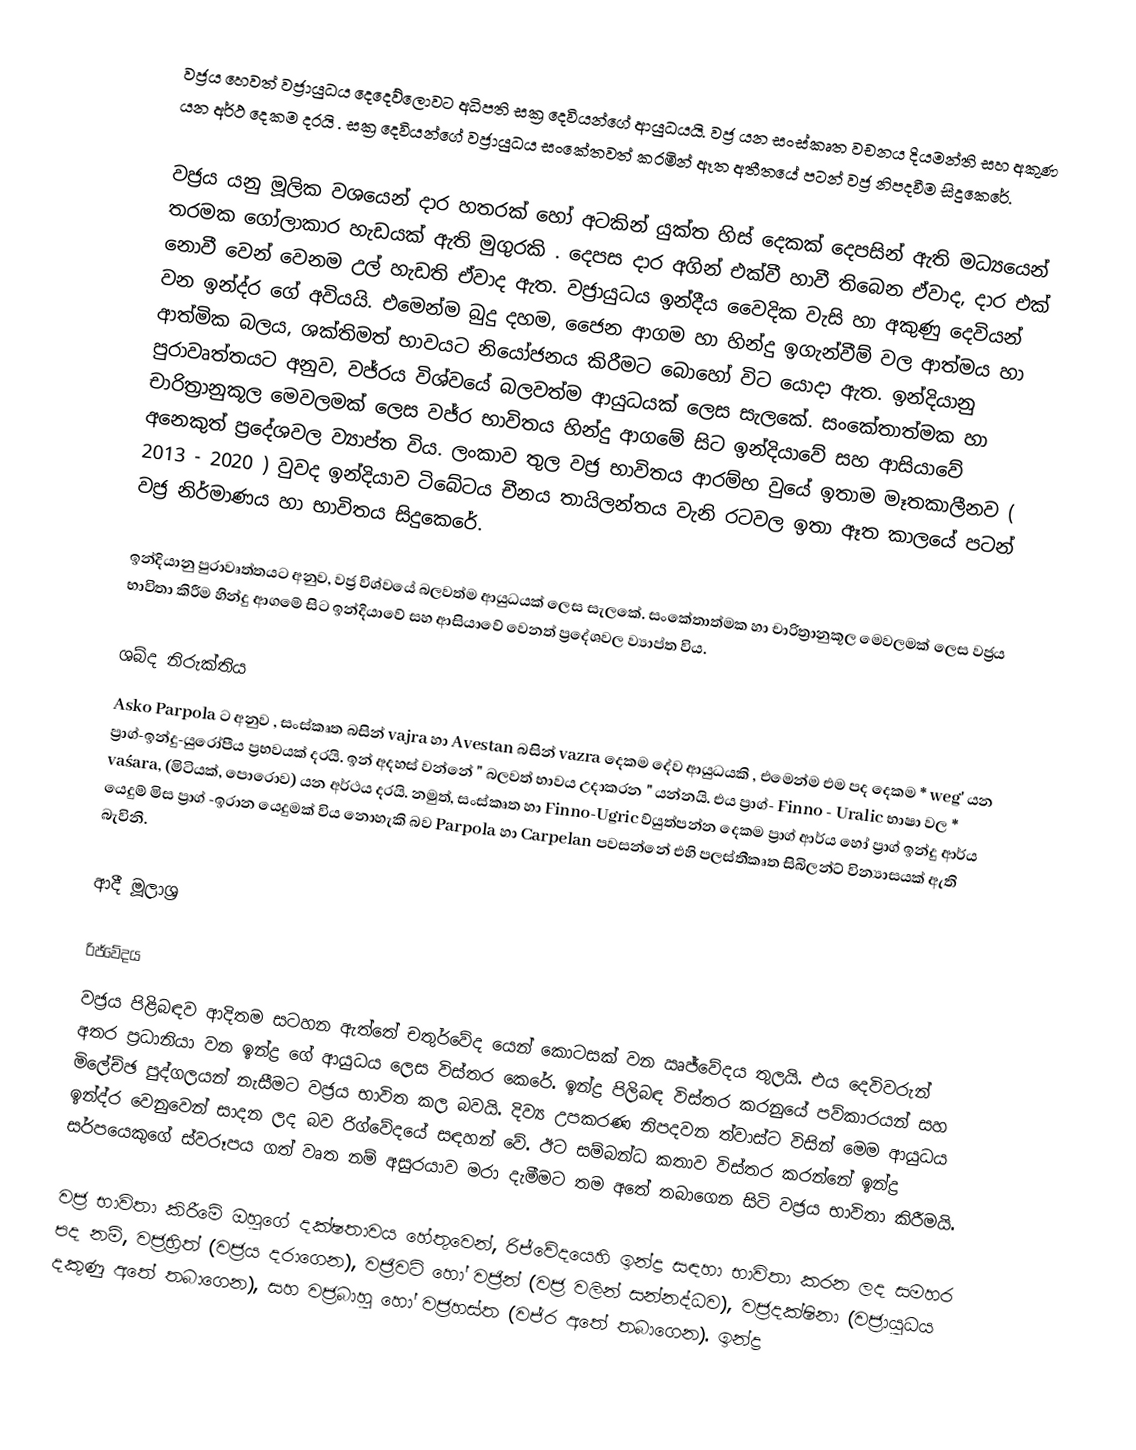
වජ්‍රය හෙවත් වජ්‍රායුධය දෙදෙව්ලොවට අධිපති සක්‍ර දෙවියන්ගේ ආයුධයයි. වජ්‍ර යන සංස්කෘත වචනය  දියමන්ති සහ අකුණ  යන අර්ථ දෙකම දරයි .  සක්‍ර දෙවියන්ගේ වජ්‍රායුධය සංකේතවත් කරමින් ඈත අතීතයේ පටන් වජ්‍ර නිපදවීම සිදුකෙරේ.

වජ්‍රය යනු මූලික වශයෙන් දාර හතරක් හෝ අටකින් යුක්ත හිස් දෙකක් දෙපසින් ඇති මධ්‍යයෙන් තරමක ගෝලාකාර හැඩයක් ඇති මුගුරකි . දෙපස දාර අගින් එක්වී හාවී තිබෙන ඒවාද, දාර එක් නොවී වෙන් වෙනම උල් හැඩති ඒවාද ඇත.  වජ්‍රායුධය ඉන්දීය වෛදික වැසි හා අකුණු දෙවියන් වන ඉන්ද්ර ගේ අවියයි. එමෙන්ම  බුදු දහම, ජෛන ආගම හා හින්දු ඉගැන්වීම් වල ආත්මය හා ආත්මික බලය, ශක්තිමත් භාවයට නියෝජනය කිරීමට බොහෝ විට යොදා ඇත. ඉන්දියානු පුරාවෘත්තයට අනුව, වජ්රය විශ්වයේ බලවත්ම ආයුධයක් ලෙස සැලකේ.  සංකේතාත්මක හා චාරිත්‍රානුකූල මෙවලමක් ලෙස වජ්ර භාවිතය හින්දු ආගමේ සිට ඉන්දියාවේ සහ ආසියාවේ අනෙකුත් ප්‍රදේශවල ව්‍යාප්ත විය. ලංකාව තුල වජ්‍ර භාවිතය ආරම්භ වුයේ ඉතාම මෑතකාලීනව ( 2013 - 2020 ) වුවද ඉන්දියාව ටිබේටය චීනය තායිලන්තය වැනි රටවල ඉතා ඈත කාලයේ පටන් වජ්‍ර නිර්මාණය හා  භාවිතය සිදුකෙරේ.

ඉන්දියානු පුරාවෘත්තයට අනුව, වජ්‍ර විශ්වයේ බලවත්ම ආයුධයක් ලෙස සැලකේ.  සංකේතාත්මක හා චාරිත්‍රානුකූල මෙවලමක් ලෙස වජ්‍රය භාවිතා කිරීම හින්දු ආගමේ සිට ඉන්දියාවේ සහ ආසියාවේ වෙනත් ප්‍රදේශවල ව්‍යාප්ත විය.

ශබ්ද නිරුක්තිය
Asko Parpola ට අනුව , සංස්කෘත බසින් vajra හා Avestan බසින් vazra දෙකම දේව ආයුධයකි , එමෙන්ම එම පද දෙකම * weg' යන ප්‍රාග්-ඉන්දු-යුරෝපීය ප්‍රභවයක් දරයි.  ඉන් අදහස් වන්නේ " බලවත් භාවය උදාකරන " යන්නයි.  එය ප්‍රාග්- Finno - Uralic භාෂා වල  * vaśara, (මිටියක්, පොරොව) යන අර්ථය දරයි. නමුත්, සංස්කෘත හා Finno-Ugric ව්යුත්පන්න දෙකම ප්‍රාග් ආර්ය හෝ ප්‍රාග් ඉන්දු ආර්ය යෙදුම් මිස ප්‍රාග් -ඉරාන යෙදුමක් විය නොහැකි බව  Parpola හා Carpelan පවසන්නේ එහි පලස්තීකෘත සිබිලන්ට්   වින්‍යාසයක් ඇති බැවිනි.

ආදී මූලාශ්‍ර

රිජ්වේදය
වජ්‍රය පිළිබඳව ආදිතම සටහන ඇත්තේ චතුර්වේද  යෙන් කොටසක් වන ඍජ්වේදය  තුලයි. එය දෙවිවරුන් අතර ප්‍රධානියා වන ඉන්ද්‍ර ගේ ආයුධය ලෙස විස්තර කෙරේ. ඉන්ද්‍ර පිලිබඳ විස්තර කරනුයේ පව්කාරයන් සහ මිලේච්ඡ පුද්ගලයන් නැසීමට වජ්‍රය භාවිත කල බවයි.  දිව්‍ය උපකරණ නිපදවන ත්වාස්ට විසින් මෙම ආයුධය ඉන්ද්ර වෙනුවෙන් සාදන ලද බව රිග්වේදයේ සඳහන් වේ. ඊට සම්බන්ධ කතාව විස්තර කරන්නේ ඉන්ද්‍ර සර්පයෙකුගේ ස්වරූපය ගත්  වෘත නම් අසුරයාව මරා දැමීමට තම අතේ තබාගෙන සිටි වජ්‍රය භාවිතා කිරීමයි.

වජ්‍ර භාවිතා කිරීමේ ඔහුගේ දක්ෂතාවය හේතුවෙන්, රිජ්වේදයෙහි ඉන්ද්‍ර සඳහා භාවිතා කරන ලද සමහර පද නම්, වජ්‍රභ්‍රිත් (වජ්‍රය දරාගෙන), වජ්‍රිවට් හෝ වජ්‍රින් (වජ්‍ර වලින් සන්නද්ධව), වජ්‍රදක්ෂිනා (වජ්‍රායුධය දකුණු අතේ තබාගෙන), සහ වජ්‍රබාහු හෝ වජ්‍රහස්ත (වජ්ර අතේ තබාගෙන). ඉන්ද්‍ර